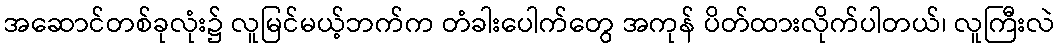
အဆောင်တစ်ခုလုံး၌ လူမြင်မယ့်ဘက်က တံခါးပေါက်တွေ အကုန် ပိတ်ထားလိုက်ပါတယ်၊ လူကြီးလဲ